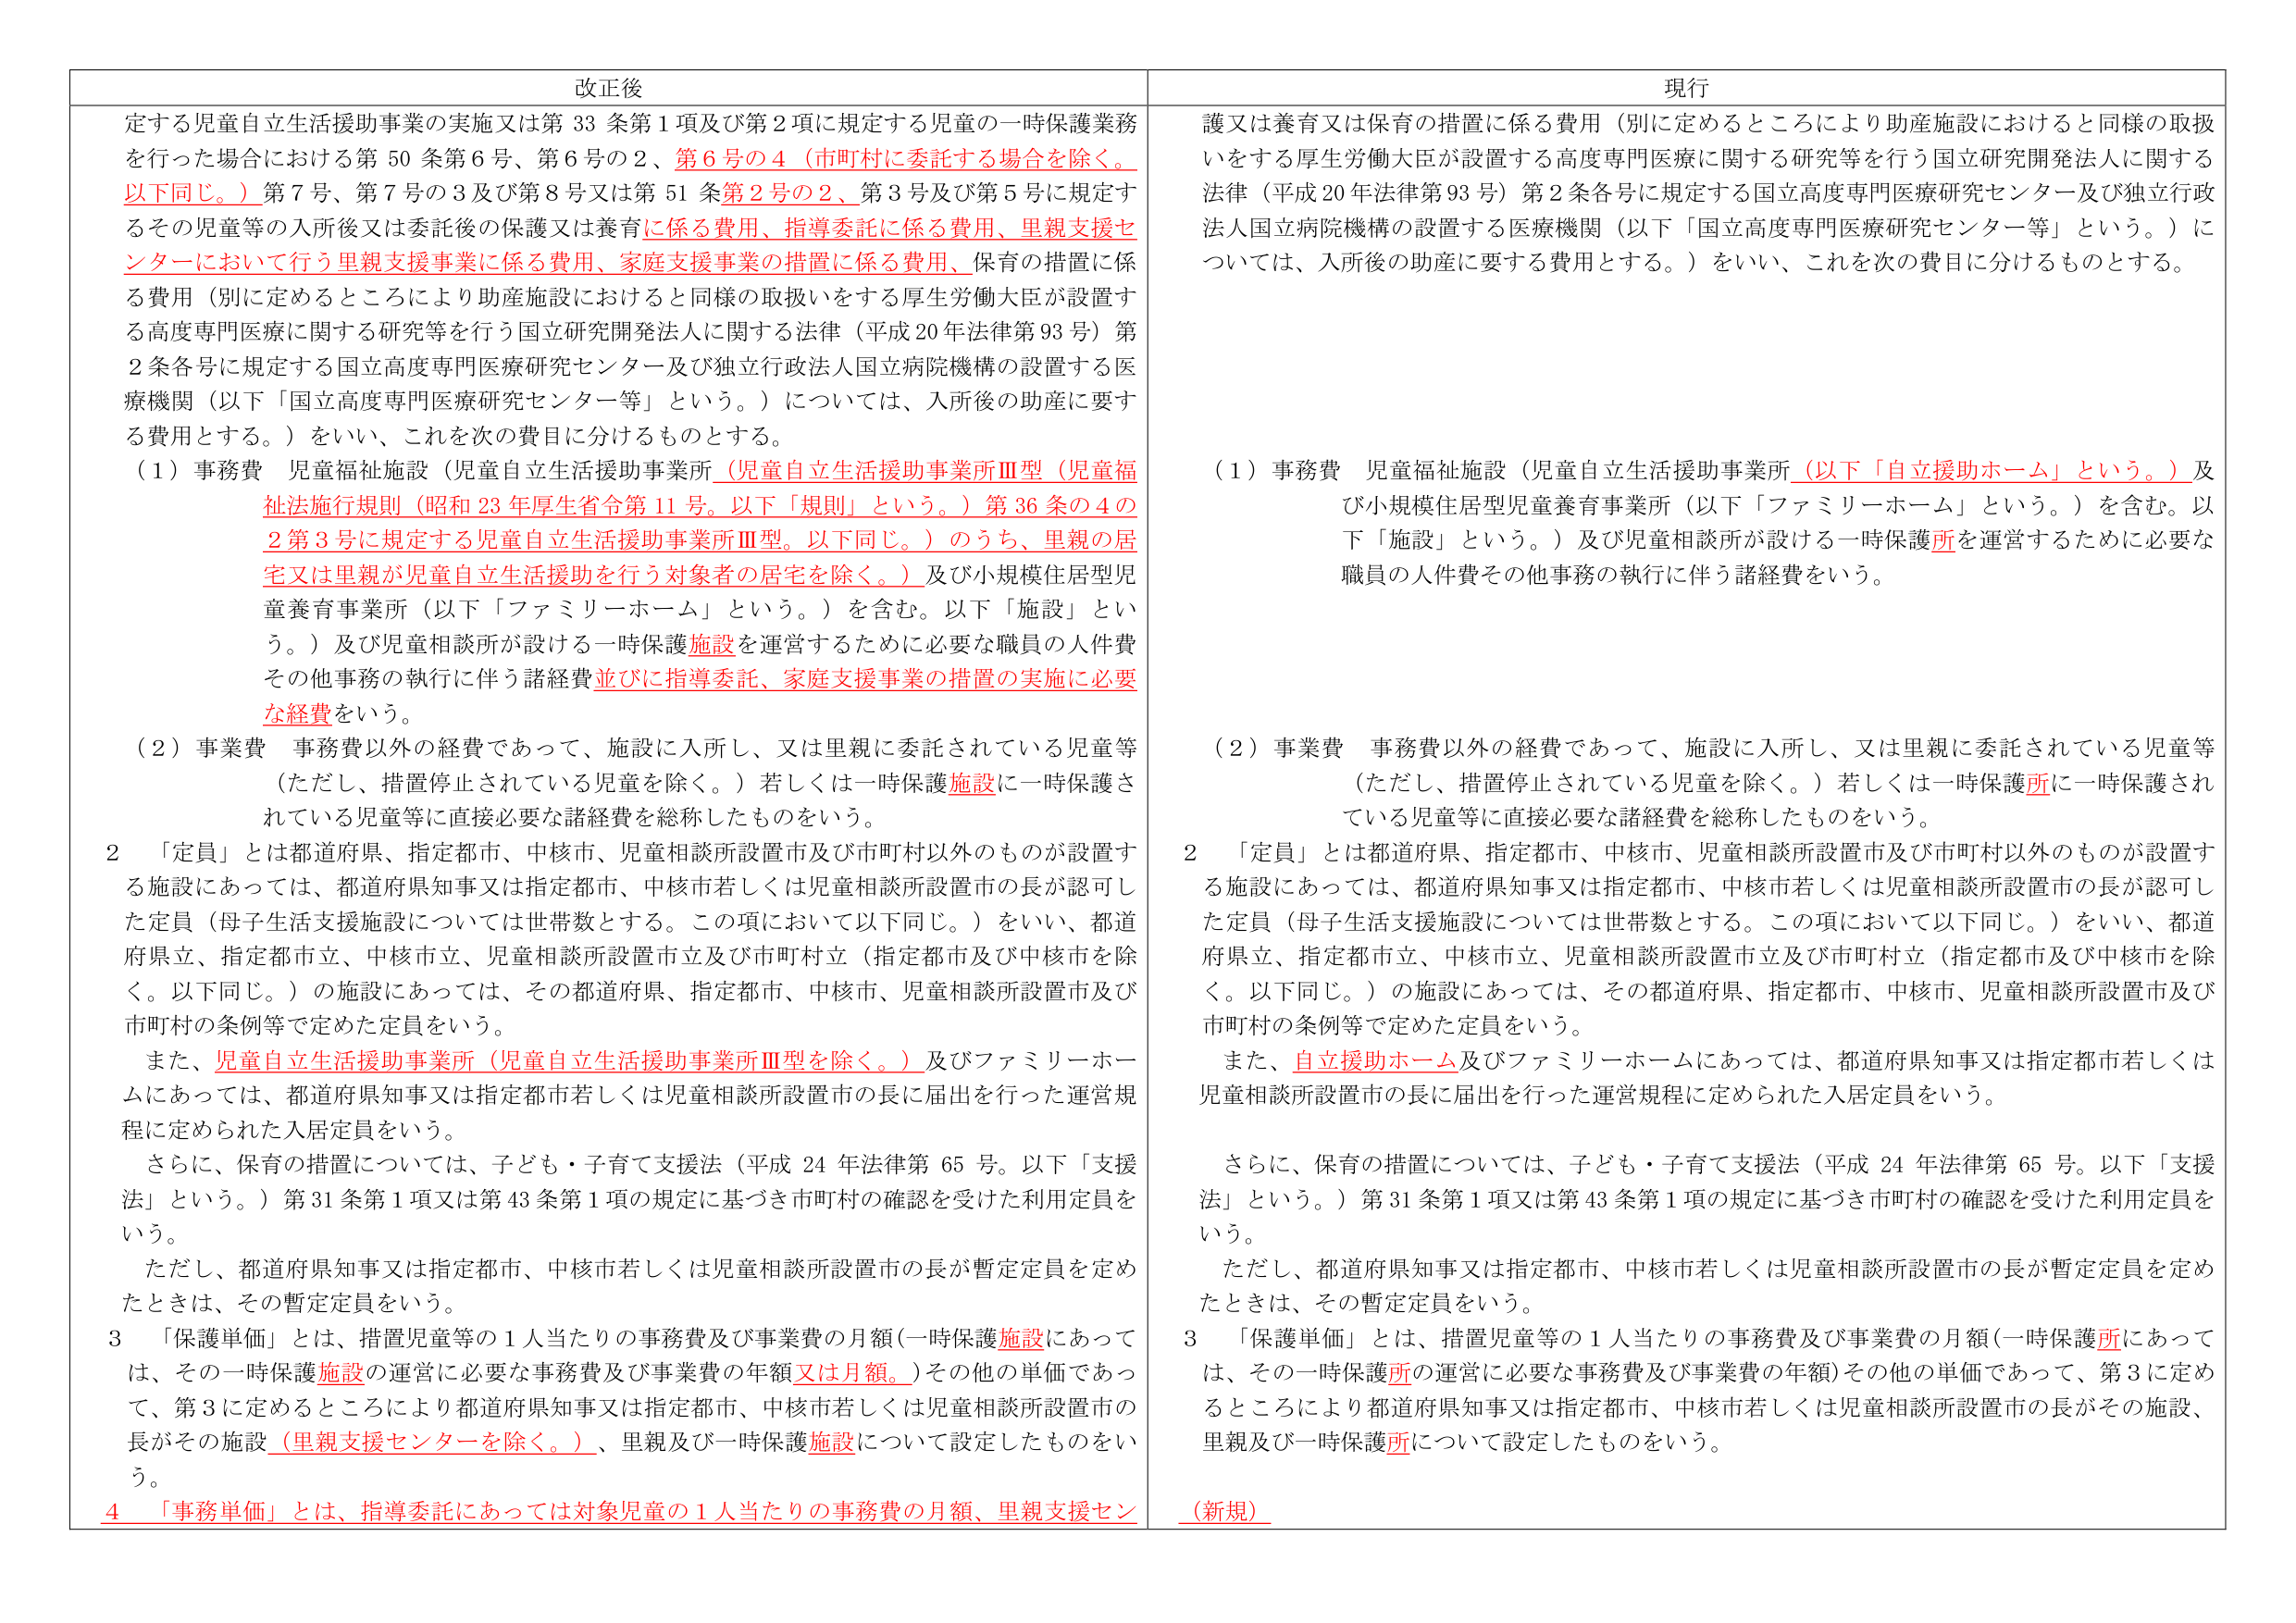
改正後
定する児童自立生活援助事業の実施又は第33条第1項及び第2項に規定する児童の一時保護業務を行った場合における第50条第6号、第6号の2、第6号の4（市町村に委託する場合を除く。以下同じ。）第7号、第7号の3及び第8号又は第51条第2号の2、第3号及び第5号に規定するその児童等の入所後又は委託後の保護又は養育に係る費用、指導委託に係る費用、里親支援センターにおいて行う里親支援事業に係る費用、家庭支援事業の措置に係る費用、保育の措置に係る費用（別に定めるところにより助産施設におけると同様の取扱いをする厚生労働大臣が設置する高度専門医療に関する研究等を行う国立研究開発法人に関する法律（平成20年法律第93号）第2条各号に規定する国立高度専門医療研究センター及び独立行政法人国立病院機構の設置する医療機関（以下「国立高度専門医療研究センター等」という。）については、入所後の助産に要する費用とする。）をいい、これを次の費目に分けるものとする。
（1）事務費 児童福祉施設（児童自立生活援助事業所（児童自立生活援助事業所Ⅲ型（児童福祉法施行規則（昭和23年厚生省令第11号。以下「規則」という。）第36条の4の2第3号に規定する児童自立生活援助事業所Ⅲ型。以下同じ。）のうち、里親の住宅又は里親が児童自立生活援助を行う対象者の住宅を除く。）及び小規模住居型児童養育事業所（以下「ファミリーホーム」という。）を含む。以下「施設」という。）及び児童相談所が設ける一時保護施設を運営するために必要な職員の人件費その他事務の執行に伴う諸経費並びに指導委託、家庭支援事業の措置の実施に必要な経費をいう。
（2）事業費 事務費以外の経費であって、施設に入所し、又は里親に委託されている児童等（ただし、措置停止されている児童を除く。）若しくは一時保護施設に一時保護されている児童等に直接必要な諸経費を総称したものをいう。
2 「定員」とは都道府県、指定都市、中核市、児童相談所設置市及び市町村以外のものが設置する施設にあっては、都道府県知事又は指定都市、中核市若しくは児童相談所設置市の長が認可した定員（母子生活支援施設については世帯数とする。この項において以下同じ。）をいい、都道府県立、指定都市立、中核市立、児童相談所設置市立及び市町村立（指定都市及び中核市を除く。以下同じ。）の施設にあっては、その都道府県、指定都市、中核市、児童相談所設置市及び市町村の条例等で定めた定員をいう。
また、児童自立生活援助事業所（児童自立生活援助事業所Ⅲ型を除く。）及びファミリーホームにあっては、都道府県知事又は指定都市若しくは児童相談所設置市の長に届出を行った運営規程に定められた入居定員をいう。
さらに、保育の措置については、子ども・子育て支援法（平成24年法律第65号。以下「支援法」という。）第31条第1項又は第43条第1項の規定に基づき市町村の確認を受けた利用定員をいう。
ただし、都道府県知事又は指定都市、中核市若しくは児童相談所設置市の長が暫定定員を定めたときは、その暫定定員をいう。
3 「保護単価」とは、措置児童等の1人当たりの事務費及び事業費の月額（一時保護施設にあっては、その一時保護施設の運営に必要な事務費及び事業費の年額又は月額。）その他の単価であって、第3に定めるところにより都道府県知事又は指定都市、中核市若しくは児童相談所設置市の長がその施設（里親支援センターを除く。）、里親及び一時保護施設について設定したものをいう。
4 「事務単価」とは、指導委託にあっては対象児童の1人当たりの事務費の月額、里親支援セン

現行
護又は養育又は保育の措置に係る費用（別に定めるところにより助産施設におけると同様の取扱いをする厚生労働大臣が設置する高度専門医療に関する研究等を行う国立研究開発法人に関する法律（平成20年法律第93号）第2条各号に規定する国立高度専門医療研究センター及び独立行政法人国立病院機構の設置する医療機関（以下「国立高度専門医療研究センター等」という。）については、入所後の助産に要する費用とする。）をいい、これを次の費目に分けるものとする。
（1）事務費 児童福祉施設（児童自立生活援助事業所（以下「自立援助ホーム」という。）及び小規模住居型児童養育事業所（以下「ファミリーホーム」という。）を含む。以下「施設」という。）及び児童相談所が設ける一時保護所を運営するために必要な職員の人件費その他事務の執行に伴う諸経費をいう。
（2）事業費 事務費以外の経費であって、施設に入所し、又は里親に委託されている児童等（ただし、措置停止されている児童を除く。）若しくは一時保護所に一時保護されている児童等に直接必要な諸経費を総称したものをいう。
2 「定員」とは都道府県、指定都市、中核市、児童相談所設置市及び市町村以外のものが設置する施設にあっては、都道府県知事又は指定都市、中核市若しくは児童相談所設置市の長が認可した定員（母子生活支援施設については世帯数とする。この項において以下同じ。）をいい、都道府県立、指定都市立、中核市立、児童相談所設置市立及び市町村立（指定都市及び中核市を除く。以下同じ。）の施設にあっては、その都道府県、指定都市、中核市、児童相談所設置市及び市町村の条例等で定めた定員をいう。
また、自立援助ホーム及びファミリーホームにあっては、都道府県知事又は指定都市若しくは児童相談所設置市の長に届出を行った運営規程に定められた入居定員をいう。
さらに、保育の措置については、子ども・子育て支援法（平成24年法律第65号。以下「支援法」という。）第31条第1項又は第43条第1項の規定に基づき市町村の確認を受けた利用定員をいう。
ただし、都道府県知事又は指定都市、中核市若しくは児童相談所設置市の長が暫定定員を定めたときは、その暫定定員をいう。
3 「保護単価」とは、措置児童等の1人当たりの事務費及び事業費の月額（一時保護所にあっては、その一時保護所の運営に必要な事務費及び事業費の年額）その他の単価であって、第3に定めるところにより都道府県知事又は指定都市、中核市若しくは児童相談所設置市の長がその施設、里親及び一時保護所について設定したものをいう。
（新規）